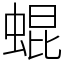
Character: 蜫